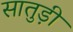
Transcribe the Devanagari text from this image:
सातुड़ी